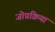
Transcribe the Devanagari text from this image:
जोप्रक्रिया